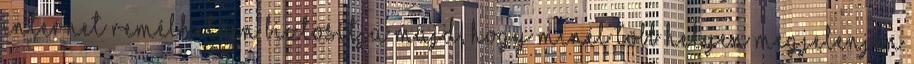
internet remélhetően biztosítja majd, hogy minél több helyen megjelenjen